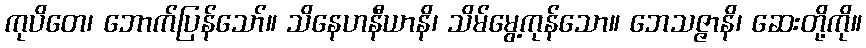
ကုပိတေ၊ ဘောက်ပြန်သော်။ သိနေဟနီယာနိ၊ သိမ်မွေ့ကုန်သော။ ဘေသဇ္ဇာနိ၊ ဆေးတို့ကို။